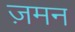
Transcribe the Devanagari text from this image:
ज़मन